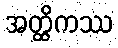
အတ္ထိကဿ